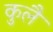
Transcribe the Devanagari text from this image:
कुलै